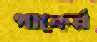
পাকের্র